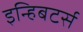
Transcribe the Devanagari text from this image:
इन्हिबटर्स